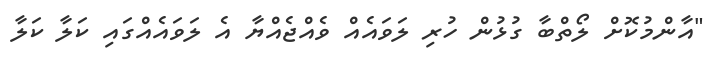
"އާންމުކޮށް ލޯތްބާ ގުޅުން ހުރި ލަވައެއް ވެއްޖެއްޔާ އެ ލަވައެއްގައި ކަލާ ކަލާ